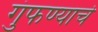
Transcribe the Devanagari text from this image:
गुंफण्याचे